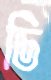
ডি